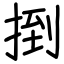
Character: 捯